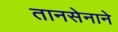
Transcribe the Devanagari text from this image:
तानसेनाने